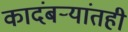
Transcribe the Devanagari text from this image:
कादंबर्‍यांतही